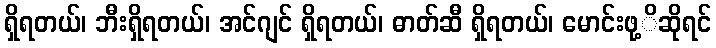
ရှိရတယ်၊ ဘီးရှိရတယ်၊ အင်ဂျင် ရှိရတယ်၊ ဓာတ်ဆီ ရှိရတယ်၊ မောင်းဖု့ိဆိုရင်